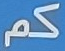
كم